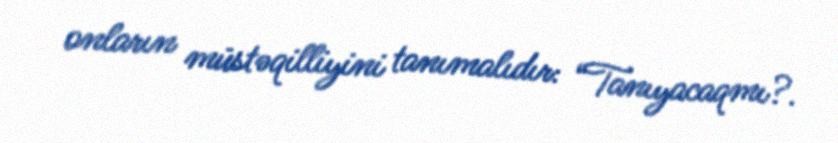
onların müstəqilliyini tanımalıdır: “Tanıyacaqmı?.